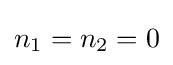
n_{1}=n_{2}=0